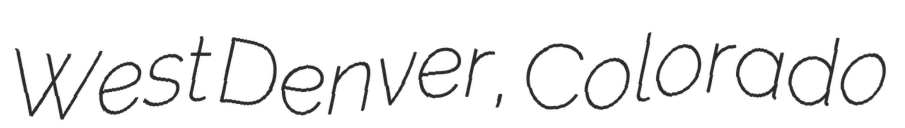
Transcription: West Denver, Colorado